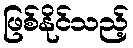
ဖြစ်နိုင်သည့်